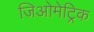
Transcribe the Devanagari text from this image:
जिओमेट्रिक